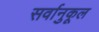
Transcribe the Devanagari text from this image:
सर्वानुकूल